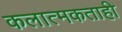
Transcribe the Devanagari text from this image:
कलात्मकताही